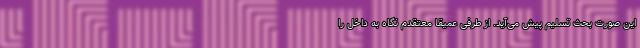
این صورت بحث تسلیم پیش می‌آید. از طرفی عمیقا معتقدم نگاه به داخل را